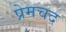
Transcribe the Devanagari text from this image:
प्रेमचद